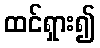
ထင်ရှား၍